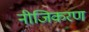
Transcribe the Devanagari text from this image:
नीजिकरण